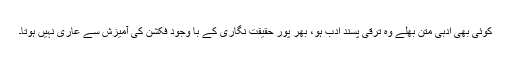
کوئی بھی ادبی متن بھلے وہ ترقی پسند ادب ہو، بھر پُور حقیقت نگاری کے با وجود فکشن کی آمیزش سے عاری نہیں ہوتا۔